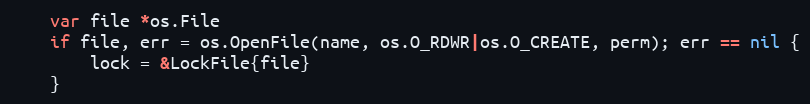
Language: Go
	var file *os.File
	if file, err = os.OpenFile(name, os.O_RDWR|os.O_CREATE, perm); err == nil {
		lock = &LockFile{file}
	}